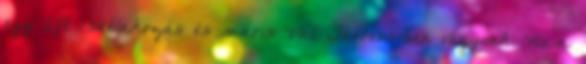
egy lift csatlakozás és máris Val Thorens-ben vagyunk. Nem